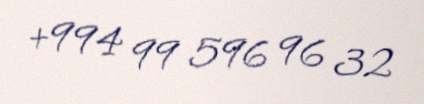
+994 99 596 96 32